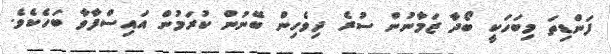
ފަންޑިތަ މިބަހަކީ ބޯދާ ޒަމާނުން ސުރެ ދިވެހިން ބޭނުން ކުރަމުން އައިސްފާވާ ބަހެކެވެ.